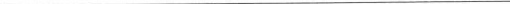
___